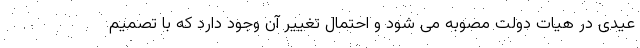
عیدی در هیات دولت مصوبه می شود و احتمال تغییر آن وجود دارد که با تصمیم